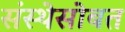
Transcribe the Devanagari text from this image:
संस्थेसोबत